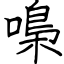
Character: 嘄